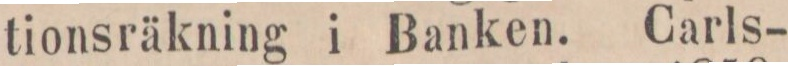
tionsräkning i Banken. Carls-